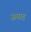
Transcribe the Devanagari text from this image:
सम्प्रद